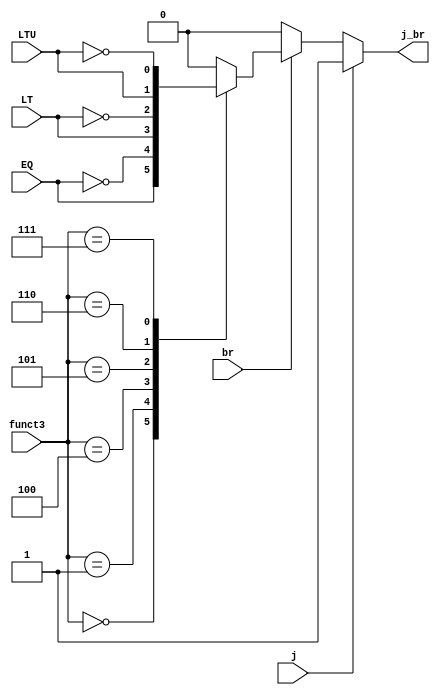
`timescale 1ns / 1ps
//////////////////////////////////////////////////////////////////////////////////
// Company: 
// Engineer: 
// 
// Design Name: 
// Module Name: BranchUnit
// Project Name: 
// Target Devices: 
// Tool Versions: 
// Description: 
// 
// Dependencies: 
// 
// Revision:
// Revision 0.01 - File Created
// Additional Comments:
// 
//////////////////////////////////////////////////////////////////////////////////


module BranchUnit(
    input j,
    input br,
    input [2:0] funct3,
    input EQ,
    input LT,
    input LTU,
    output reg j_br
    );

    always@ (*) begin
        j_br = 0;
        if (j) 
            j_br = 1;
        else if (br) begin
            case (funct3)
                3'b000: j_br = EQ; //BEQ
                3'b001: j_br = ~EQ; //BNE
                3'b100: j_br = LT; //BLT
                3'b101: j_br = ~LT; //BGE
                3'b110: j_br = LTU; //BLTU
                3'b111: j_br = ~LTU; //BGEU
                default: j_br = 0; 
            endcase 
        end

    end
    
endmodule